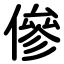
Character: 傪